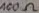
Text: 100Ω